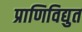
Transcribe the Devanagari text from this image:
प्राणिविद्युत